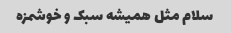
سلام مثل همیشه سبک و خوشمزه